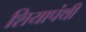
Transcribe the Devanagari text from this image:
शियापंथी